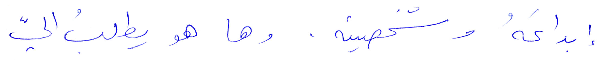
ابداعه وشخصيته. وها هو يطلب غليّ